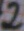
Text: 2